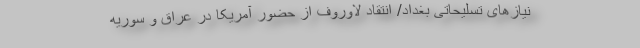
نیازهای تسلیحاتی بغداد/ انتقاد لاوروف از حضور آمریکا در عراق و سوریه